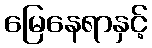
မြေနေရာနှင့်